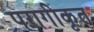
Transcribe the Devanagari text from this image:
परागीकृत